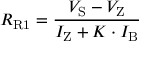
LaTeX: R _ { \mathrm { R 1 } } = { \frac { V _ { \mathrm { S } } - V _ { \mathrm { Z } } } { I _ { \mathrm { Z } } + K \cdot I _ { \mathrm { B } } } }